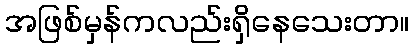
အဖြစ်မှန်ကလည်းရှိနေသေးတာ။